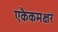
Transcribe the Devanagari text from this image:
एकैकमक्षरं